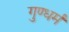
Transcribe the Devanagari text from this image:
गुण्धर्म